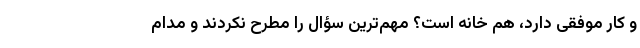
و کار موفقی دارد، هم خانه است؟ مهم‌ترین سؤال را مطرح نکردند و مدام